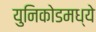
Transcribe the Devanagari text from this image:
युनिकोडमध्‍ये